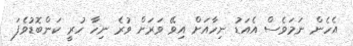
އެހެން ނަމަވެސް އެއަޑު ނިހާއަށް އިވޭ ވަރަށް ވުރެ ނިހާ ހުރީ ކަންބޮޑުވެފަ